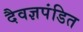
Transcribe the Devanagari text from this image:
दैवज्ञपंडित